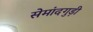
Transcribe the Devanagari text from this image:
सेमांदगुड़ी